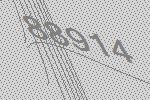
88914